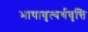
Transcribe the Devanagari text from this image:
भाषावृत्यर्थवृत्ति